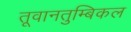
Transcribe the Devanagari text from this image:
तूवानतुम्बिकल